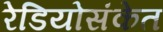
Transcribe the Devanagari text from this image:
रेडियोसंकेत